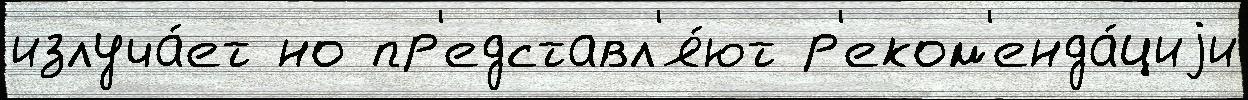
излуча́ет но пр'едставл'я́ют р'еком'енда́циjи